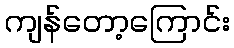
ကျန်တော့ကြောင်း